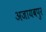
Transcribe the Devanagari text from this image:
अजायबपुर